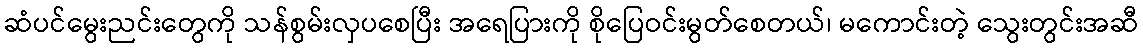
ဆံပင်မွေးညင်းတွေကို သန်စွမ်းလှပစေပြီး အရေပြားကို စိုပြေဝင်းမွတ်စေတယ်၊ မကောင်းတဲ့ သွေးတွင်းအဆီ